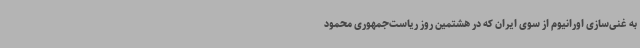
به غنی‌سازی اورانیوم از سوی ایران که در هشتمین روز ریاست‌جمهوری محمود